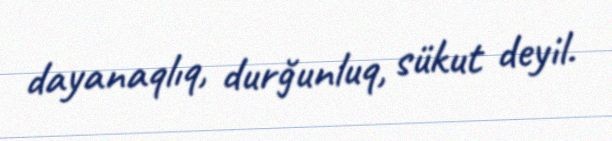
dayanaqlıq, durğunluq, sükut deyil.